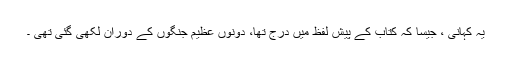
یہ کہانی ، جیسا کہ کتاب کے پیش لفظ میں درج تھا، دونوں عظیم جنگوں کے دوران لکھی گئی تھی ۔